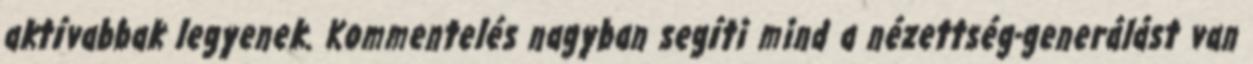
aktívabbak legyenek. Kommentelés nagyban segíti mind a nézettség-generálást van